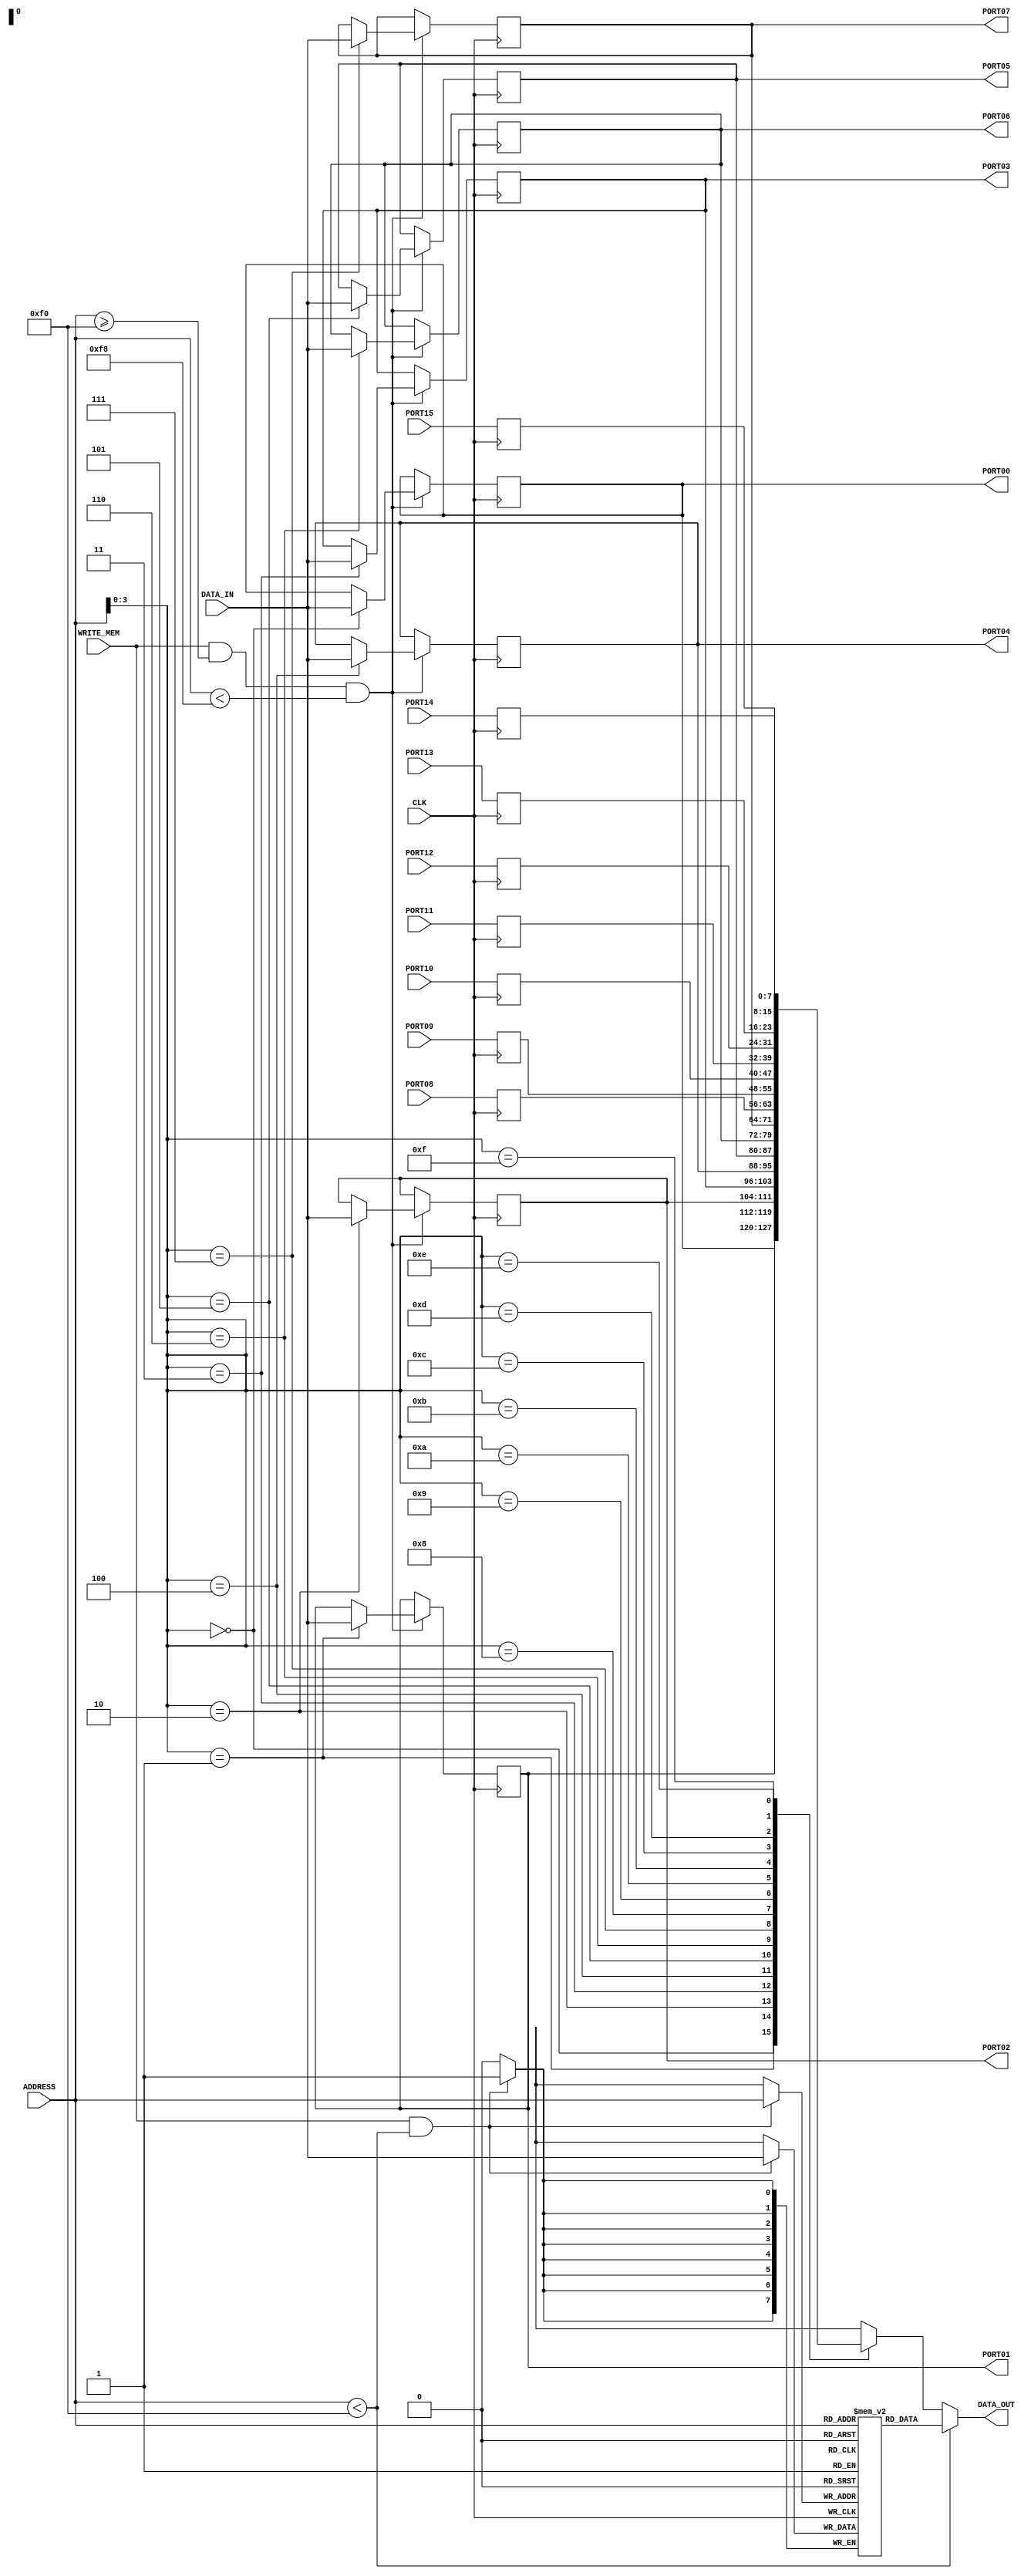
// Design:      Yet Another Simple Academic Computer (YASAC)
// Description: Data memory and memory-mapped I/O.

// Memory map
//   00:EF: RAM
//   F0:F7: output ports
//   F8:FF: input ports
//
// Strategy
//   * Use a synchronous RAM block for RAM. It should be mapped to block RAM.
//   * Use registers for input and output ports.
//   * Input ports are written at each clock cycle (registered input).
//   * Select RAM or registers for input/output depending on the address.
//   * Output ports can also be read.

// Modified by: amoraschi

module data_mem (
  input wire CLK,                     // IN: Clock (Rising Edge)
  input wire WRITE_MEM,               // IN: Write Memory
  input wire [7:0] ADDRESS,           // IN: Address
  input wire [7:0] DATA_IN,           // IN: Data
  input wire [7:0]
    PORT08,                           // IN: Input Ports
    PORT09,
    PORT10,
    PORT11,
    PORT12,
    PORT13,
    PORT14,
    PORT15,                           // IN: Input Ports

  output wire [7:0] DATA_OUT,         // OUT: Data
  output wire [7:0]
    PORT00,                           // OUT: Output Ports
    PORT01,
    PORT02,
    PORT03,
    PORT04,
    PORT05,
    PORT06,
    PORT07                            // OUT: Output Ports
);

  reg [7:0] MEMORY[0:255];
  reg [7:0]
    PORT_REG00,
    PORT_REG01,
    PORT_REG02,
    PORT_REG03,
    PORT_REG04,
    PORT_REG05,
    PORT_REG06,
    PORT_REG07,
    PORT_REG08,
    PORT_REG09,
    PORT_REG10,
    PORT_REG11,
    PORT_REG12,
    PORT_REG13,
    PORT_REG14,
    PORT_REG15;
  reg [7:0] PORT_OUT;

  // Initialize RAM
  initial begin: MEM_INIT
    integer I;

    for (I = 0; I < 'hf0; I = I + 1)
      MEMORY[I] = 'b0;

    PORT_REG00 = 'b0;
    PORT_REG01 = 'b0;
    PORT_REG02 = 'b0;
    PORT_REG03 = 'b0;
    PORT_REG04 = 'b0;
    PORT_REG05 = 'b0;
    PORT_REG06 = 'b0;
    PORT_REG07 = 'b0;
    PORT_REG08 = 'b0;
    PORT_REG09 = 'b0;
    PORT_REG10 = 'b0;
    PORT_REG11 = 'b0;
    PORT_REG12 = 'b0;
    PORT_REG13 = 'b0;
    PORT_REG14 = 'b0;
    PORT_REG15 = 'b0;
  end

  // RAM Write
  always @(posedge CLK)
    // Write only RAM
    if (WRITE_MEM && ADDRESS < 8'hf0)
      MEMORY[ADDRESS] <= DATA_IN;

  // OUT Write
  always @(posedge CLK)
    if (WRITE_MEM && ADDRESS >= 8'hf0 && ADDRESS < 8'hf8)
      case (ADDRESS[3:0])
        4'h0: PORT_REG00 <= DATA_IN;
        4'h1: PORT_REG01 <= DATA_IN;
        4'h2: PORT_REG02 <= DATA_IN;
        4'h3: PORT_REG03 <= DATA_IN;
        4'h4: PORT_REG04 <= DATA_IN;
        4'h5: PORT_REG05 <= DATA_IN;
        4'h6: PORT_REG06 <= DATA_IN;
        4'h7: PORT_REG07 <= DATA_IN;
      endcase

  // OUT Read
  assign PORT00 = PORT_REG00;
  assign PORT01 = PORT_REG01;
  assign PORT02 = PORT_REG02;
  assign PORT03 = PORT_REG03;
  assign PORT04 = PORT_REG04;
  assign PORT05 = PORT_REG05;
  assign PORT06 = PORT_REG06;
  assign PORT07 = PORT_REG07;

  // IN Write
  always @(posedge CLK) begin
    PORT_REG08 <= PORT08;
    PORT_REG09 <= PORT09;
    PORT_REG10 <= PORT10;
    PORT_REG11 <= PORT11;
    PORT_REG12 <= PORT12;
    PORT_REG13 <= PORT13;
    PORT_REG14 <= PORT14;
    PORT_REG15 <= PORT15;
  end

  // Async Read
  always @(*)
    case (ADDRESS[3:0])
      4'h0: PORT_OUT = PORT_REG00;
      4'h1: PORT_OUT = PORT_REG01;
      4'h2: PORT_OUT = PORT_REG02;
      4'h3: PORT_OUT = PORT_REG03;
      4'h4: PORT_OUT = PORT_REG04;
      4'h5: PORT_OUT = PORT_REG05;
      4'h6: PORT_OUT = PORT_REG06;
      4'h7: PORT_OUT = PORT_REG07;
      4'h8: PORT_OUT = PORT_REG08;
      4'h9: PORT_OUT = PORT_REG09;
      4'ha: PORT_OUT = PORT_REG10;
      4'hb: PORT_OUT = PORT_REG11;
      4'hc: PORT_OUT = PORT_REG12;
      4'hd: PORT_OUT = PORT_REG13;
      4'he: PORT_OUT = PORT_REG14;
      4'hf: PORT_OUT = PORT_REG15;
      default: PORT_OUT = 'bx;
    endcase

  // OUT Data
  assign DATA_OUT = (ADDRESS < 8'hf0) ? MEMORY[ADDRESS] : PORT_OUT;
endmodule